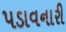
પડાવનારી